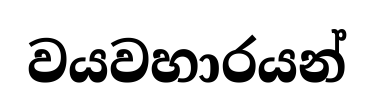
වයවහාරයන්